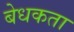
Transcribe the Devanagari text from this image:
बेधकता